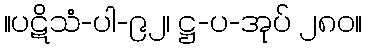
။ပဋိသံ-ပါ-၉၂၊ ဋ္ဌ-ပ-အုပ် ၂၈၀။